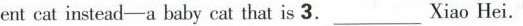
ent cat instead—a baby cat that is 3.___Xiao Hei.